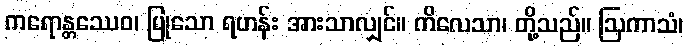
ကရောန္တဿေဝ၊ ပြုသော ရဟန်း အားသာလျှင်။ ကိလေသာ၊ တို့သည်။ ဩကာသံ၊